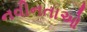
નવીનતાઓ